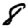
Digit: 8